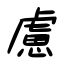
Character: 慮